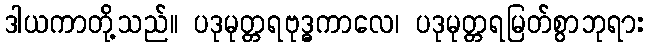
ဒါယကာတို့သည်။ ပဒုမုတ္တရဗုဒ္ဓကာလေ၊ ပဒုမုတ္တရမြတ်စွာဘုရား